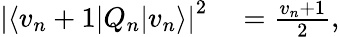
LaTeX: \begin{array}{rl}{\left\lvert\langle v_{n}+1|Q_{n}|v_{n}\rangle\right\lvert^{2}}&{{}=\frac{v_{n}+1}{2},}\end{array}